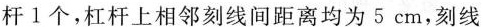
杆1个，杠杆上相邻刻线间距离均为5cm，刻线